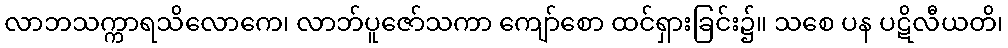
လာဘသက္ကာရသိလောကေ၊ လာဘ်ပူဇော်သကာ ကျော်စော ထင်ရှားခြင်း၌။ သစေ ပန ပဋိလီယတိ၊